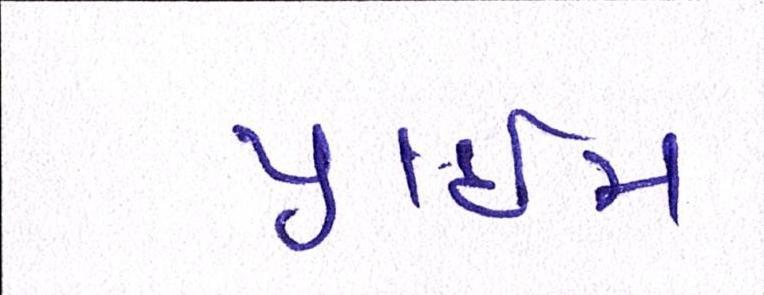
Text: પ્રાઇમ